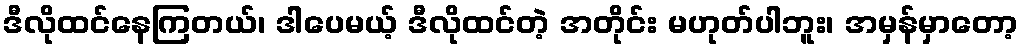
ဒီလိုထင်နေကြတယ်၊ ဒါပေမယ့် ဒီလိုထင်တဲ့ အတိုင်း မဟုတ်ပါဘူး၊ အမှန်မှာတော့